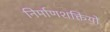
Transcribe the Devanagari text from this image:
निर्माणशक्तियों